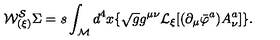
{ \cal W _ { ( \xi ) } ^ { S } } \Sigma = s \int _ { \cal M } d ^ { 4 } x \lbrace \sqrt { g } g ^ { \mu \nu } { \cal L } _ { \xi } \lbrack ( \partial _ { \mu } \bar { \varphi } ^ { a } ) A _ { \nu } ^ { a } \rbrack \rbrace .